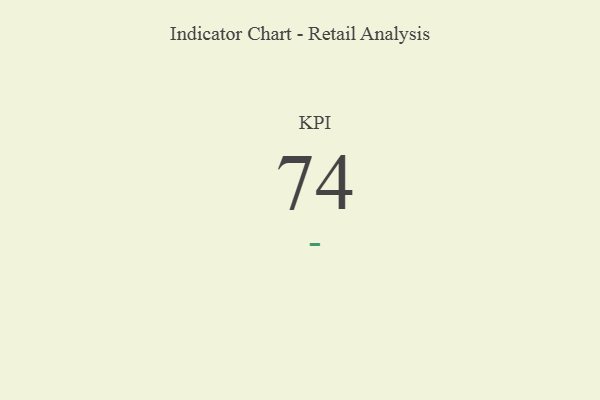
{"axis": {"x": "KPI", "y": "Value"}, "legend": [""], "data": [{"x": "KPI", "y": 74, "type": ""}]}